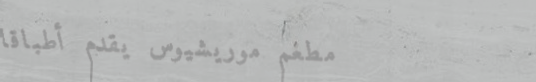
مطعم موريشيوس يقدم أطباقا